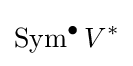
\operatorname {Sym} ^{\bullet }V^{*}